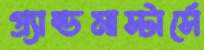
গ্র্যান্ডমাস্টার্সে